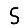
Digit: 5